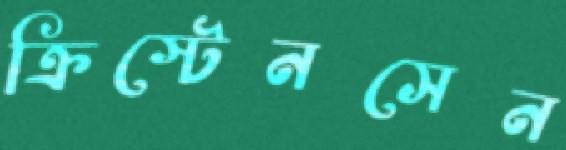
ক্রিস্টেনসেন